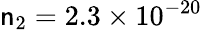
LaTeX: \mathsf{n}_{2}=2.3\times10^{-20}